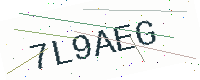
Text: 7L9AEG